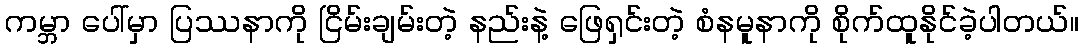
ကမ္ဘာ ပေါ်မှာ ပြဿနာကို ငြိမ်းချမ်းတဲ့ နည်းနဲ့ ဖြေရှင်းတဲ့ စံနမူနာကို စိုက်ထူနိုင်ခဲ့ပါတယ်။